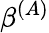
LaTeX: \beta^{(A)}